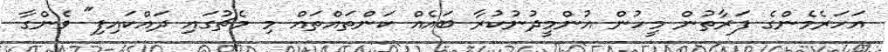
އަހަރެމެންގެ ފަރާތުން މީހުން އުންމީދުނުކުރާ ބައެއް ކަންތައްތައް މި މެޗުގައި ދައްކައިފި" ވެންގާ